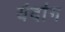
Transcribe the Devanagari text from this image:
यंदांग